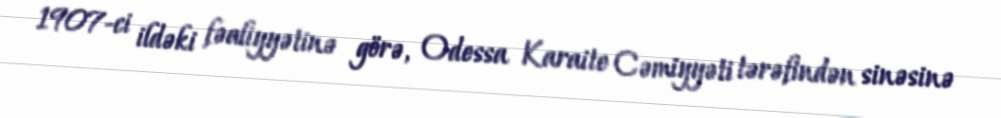
1907-ci ildəki fəaliyyətinə görə, Odessa Karaite Cəmiyyəti tərəfindən sinəsinə